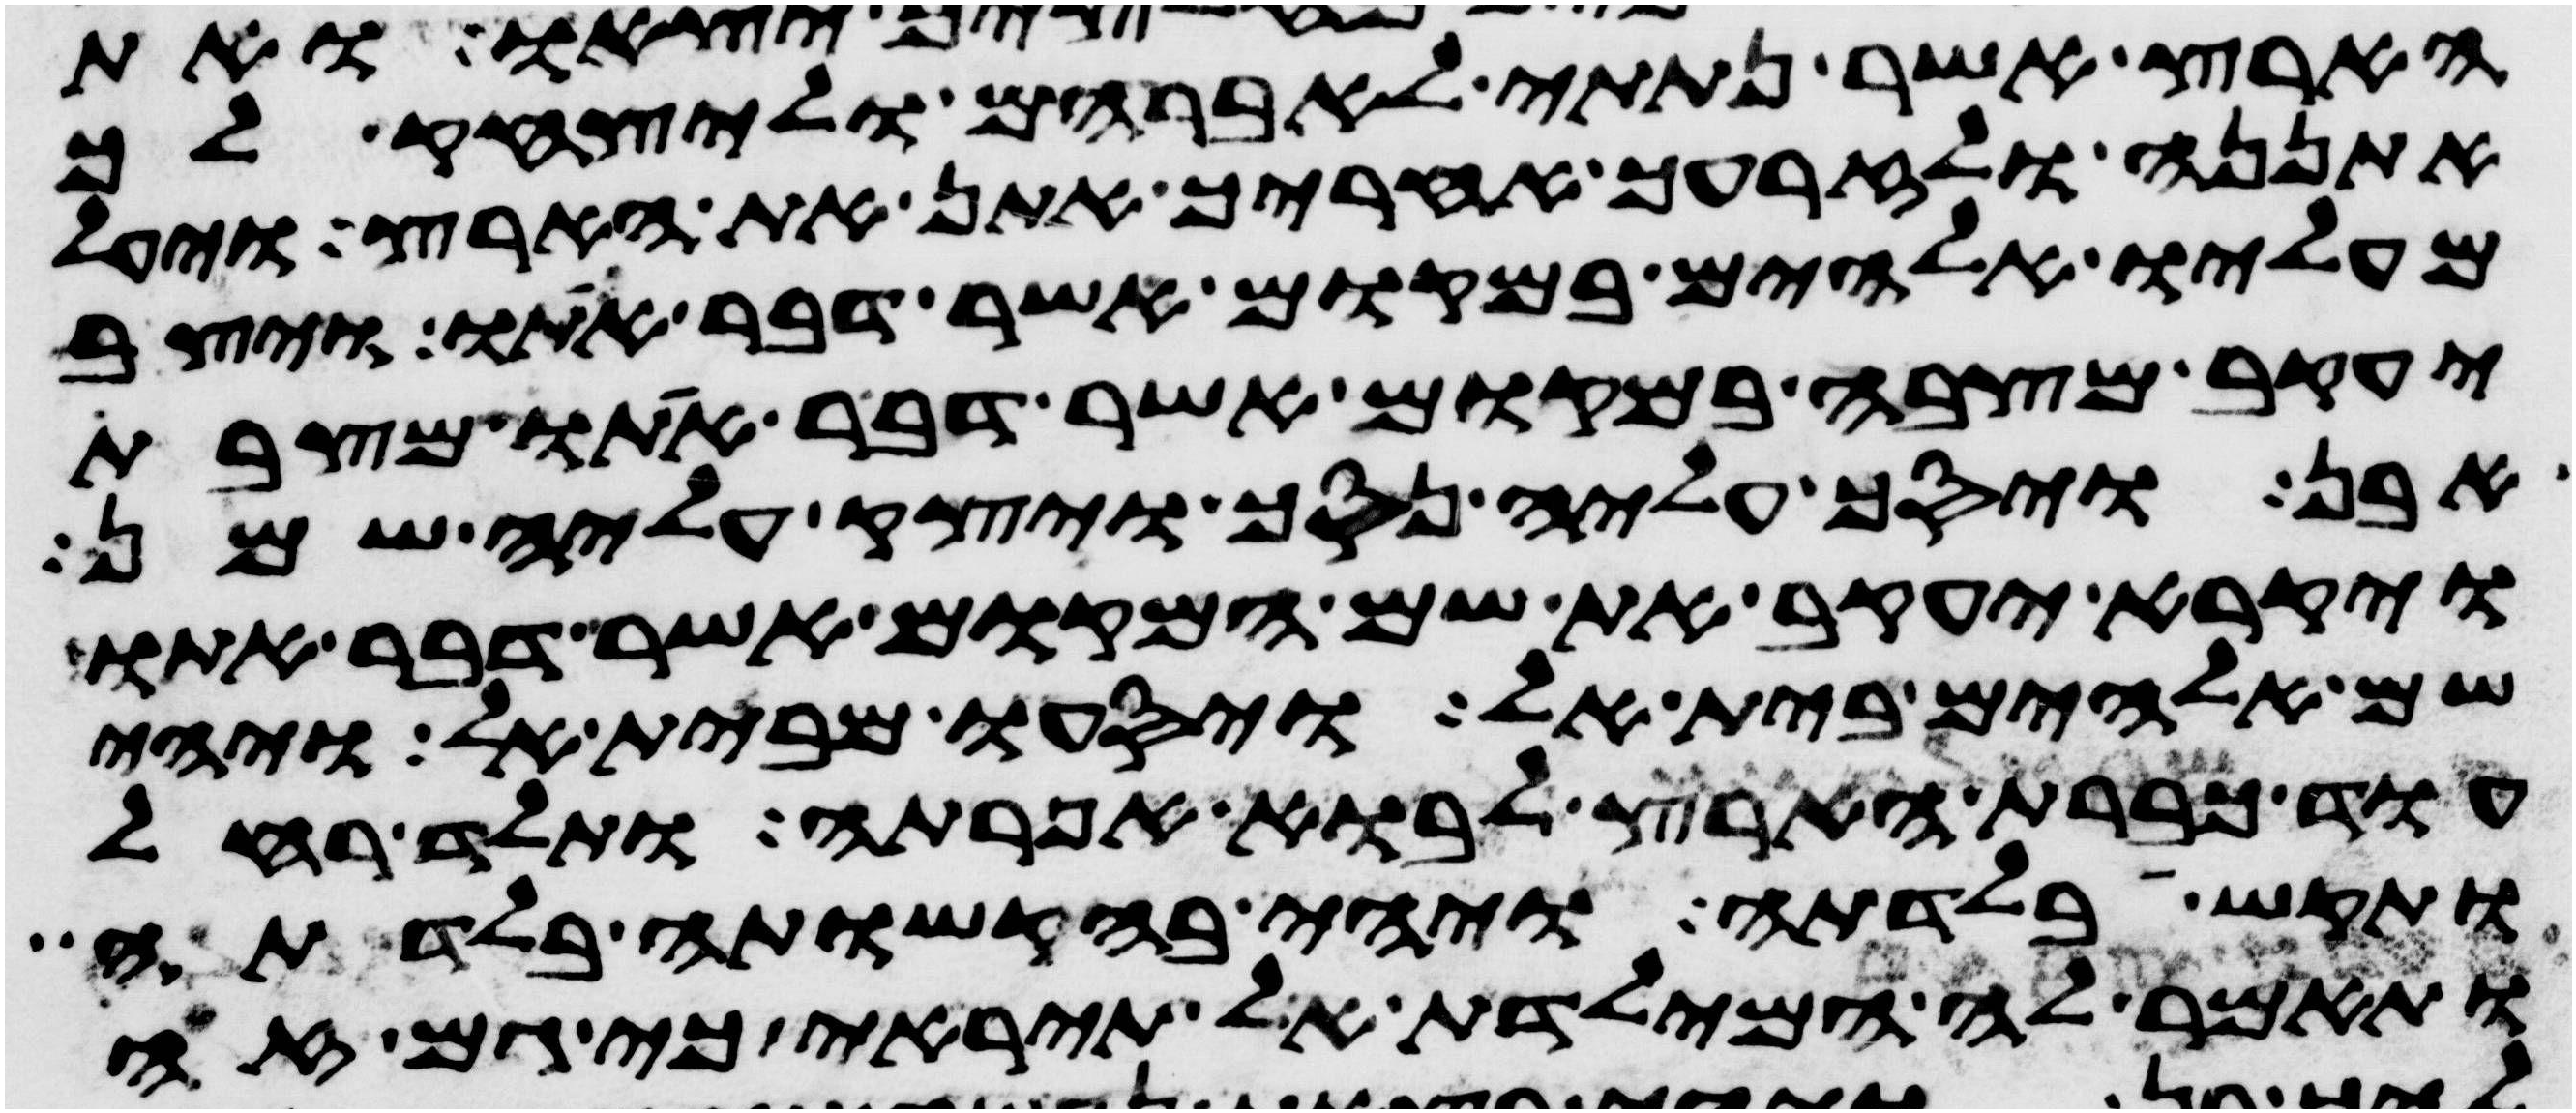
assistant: הארץ אשר נתתי לאברהם וליצחק לך
אתננה ולזרעך אחריך אתן את הארץ ויעל
מעליו אלהים במקום אשר דבר אתו ויצב
יעקב מצבה במקום אשר דבר אתו מצבת
אבן ויסך עליה נסך ויצק עליה שמן
ויקרא יעקב את שם המקום אשר דבר אתו
שם אלהים בית אל ויסעו מבית אל ויהי
עוד כברת הארץ לבוא אפרתה ותלד רחל
ותקש בלדתה ויהי בהקשותה בלדתה
ותאמר לה המילדת אל תיראי כי גם זה